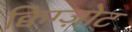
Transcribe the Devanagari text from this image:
क्विग्ज़ोट